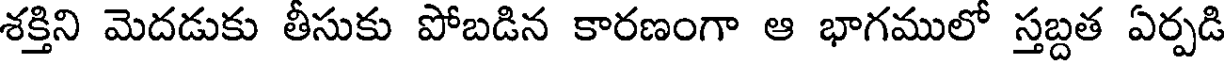
శక్తిని మెదడుకు తీసుకు పోబడిన కారణంగా ఆ భాగములో స్తబ్దత ఏర్పడి